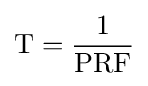
\mathrm {T} ={\frac {1}{\text{PRF}}}